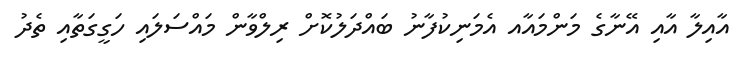
އާއިލާ އާއި އޭނާގެ މަންމައާއ އެމަނިކުފާނު ބައްދަލުކޮށް ރިލްވާން މައްސަލައި ހަގީގަތާއި ތެދު